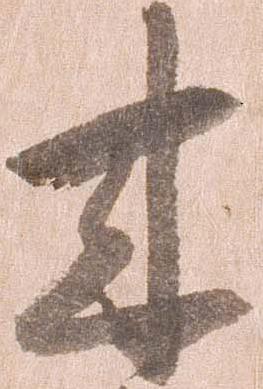
来